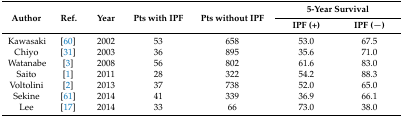
<table><thead><tr><td rowspan="2"><b>Author</b></td><td rowspan="2"><b>Ref.</b></td><td rowspan="2"><b>Year</b></td><td rowspan="2"><b>Pts with IPF</b></td><td rowspan="2"><b>Pts without IPF</b></td><td colspan="2"><b>5-Year Survival</b></td></tr><tr><td><b>IPF (+)</b></td><td><b>IPF (−)</b></td></tr></thead><tbody><tr><td>Kawasaki</td><td>[60]</td><td>2002</td><td>53</td><td>658</td><td>53.0</td><td>67.5</td></tr><tr><td>Chiyo</td><td>[31]</td><td>2003</td><td>36</td><td>895</td><td>35.6</td><td>71.0</td></tr><tr><td>Watanabe</td><td>[3]</td><td>2008</td><td>56</td><td>802</td><td>61.6</td><td>83.0</td></tr><tr><td>Saito</td><td>[1]</td><td>2011</td><td>28</td><td>322</td><td>54.2</td><td>88.3</td></tr><tr><td>Voltolini</td><td>[2]</td><td>2013</td><td>37</td><td>738</td><td>52.0</td><td>65.0</td></tr><tr><td>Sekine</td><td>[61]</td><td>2014</td><td>41</td><td>339</td><td>36.9</td><td>66.1</td></tr><tr><td>Lee</td><td>[17]</td><td>2014</td><td>33</td><td>66</td><td>73.0</td><td>38.0</td></tr></tbody></table>